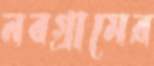
নবগ্রামের